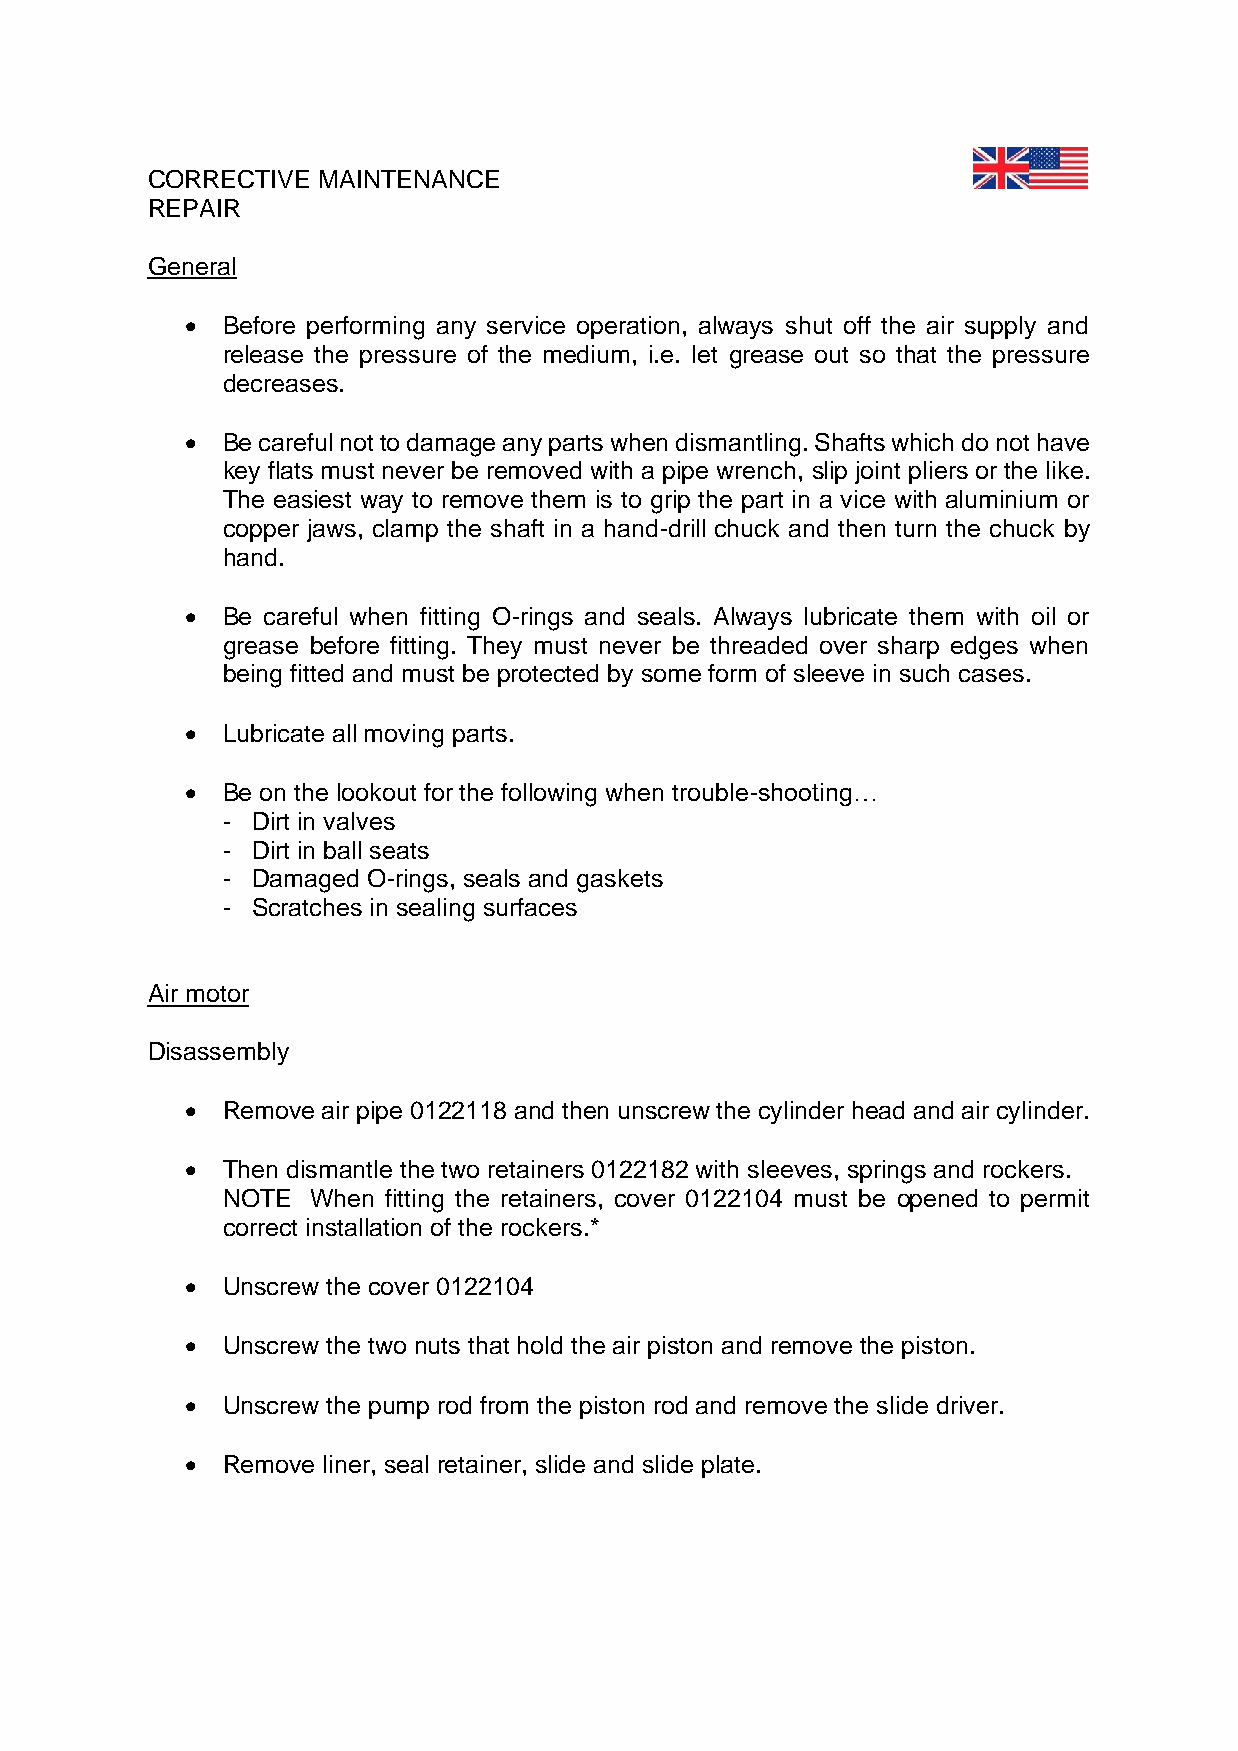
CORRECTIVE MAINTENANCE
 REPAIR
 General
 •  Before performing any service operation, always shut off the air supply and
 release the pressure of the medium, i.e. let grease out so that the pressure
 decreases.
 •  Be careful not to damage any parts when dismantling. Shafts which do not have
 key flats must never be removed with a pipe wrench, slip joint pliers or the like.
 The easiest way to remove them is to grip the part in a vice with aluminium or
 copper jaws, clamp the shaft in a hand-drill chuck and then turn the chuck by
 hand.
 •  Be careful when fitting O-rings and seals. Always lubricate them with oil or
 grease before fitting. They must never be threaded over sharp edges when
 being fitted and must be protected by some form of sleeve in such cases.
 •  Lubricate all moving parts.
 •  Be on the lookout for the following when trouble-shooting…
 - Dirt in valves
 - Dirt in ball seats
 - Damaged O-rings, seals and gaskets
 - Scratches in sealing surfaces
 Air motor
 Disassembly
 •  Remove air pipe 0122118 and then unscrew the cylinder head and air cylinder.
 •  Then dismantle the two retainers 0122182 with sleeves, springs and rockers.
 NOTE  When fitting the retainers, cover 0122104 must be opened to permit
 correct installation of the rockers.*
 •  Unscrew the cover 0122104
 •  Unscrew the two nuts that hold the air piston and remove the piston.
 •  Unscrew the pump rod from the piston rod and remove the slide driver.
 •  Remove liner, seal retainer, slide and slide plate.